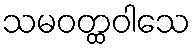
သမဝတ္ထဝါသေ